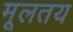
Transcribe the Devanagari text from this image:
मूलतय